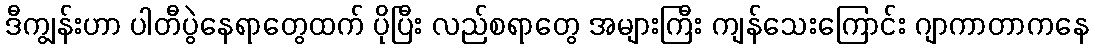
ဒီကျွန်းဟာ ပါတီပွဲနေရာတွေထက် ပိုပြီး လည်စရာတွေ အများကြီး ကျန်သေးကြောင်း ဂျာကာတာကနေ